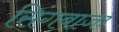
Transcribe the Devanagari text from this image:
सिंगबाजा